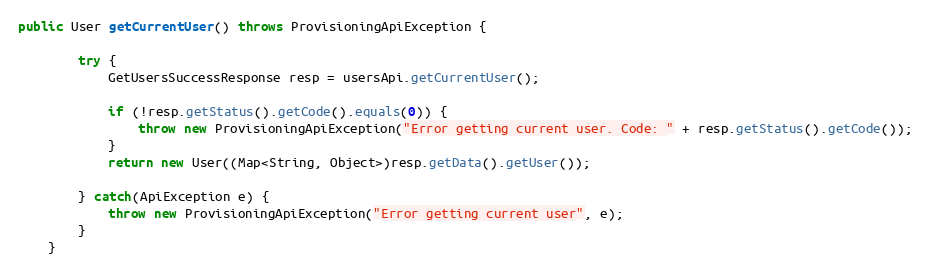
Language: Java
public User getCurrentUser() throws ProvisioningApiException {

		try {
			GetUsersSuccessResponse resp = usersApi.getCurrentUser();

			if (!resp.getStatus().getCode().equals(0)) {
				throw new ProvisioningApiException("Error getting current user. Code: " + resp.getStatus().getCode());
			}
            return new User((Map<String, Object>)resp.getData().getUser());

        } catch(ApiException e) {
        	throw new ProvisioningApiException("Error getting current user", e);
        }
	}